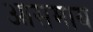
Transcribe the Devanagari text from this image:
आसमाय